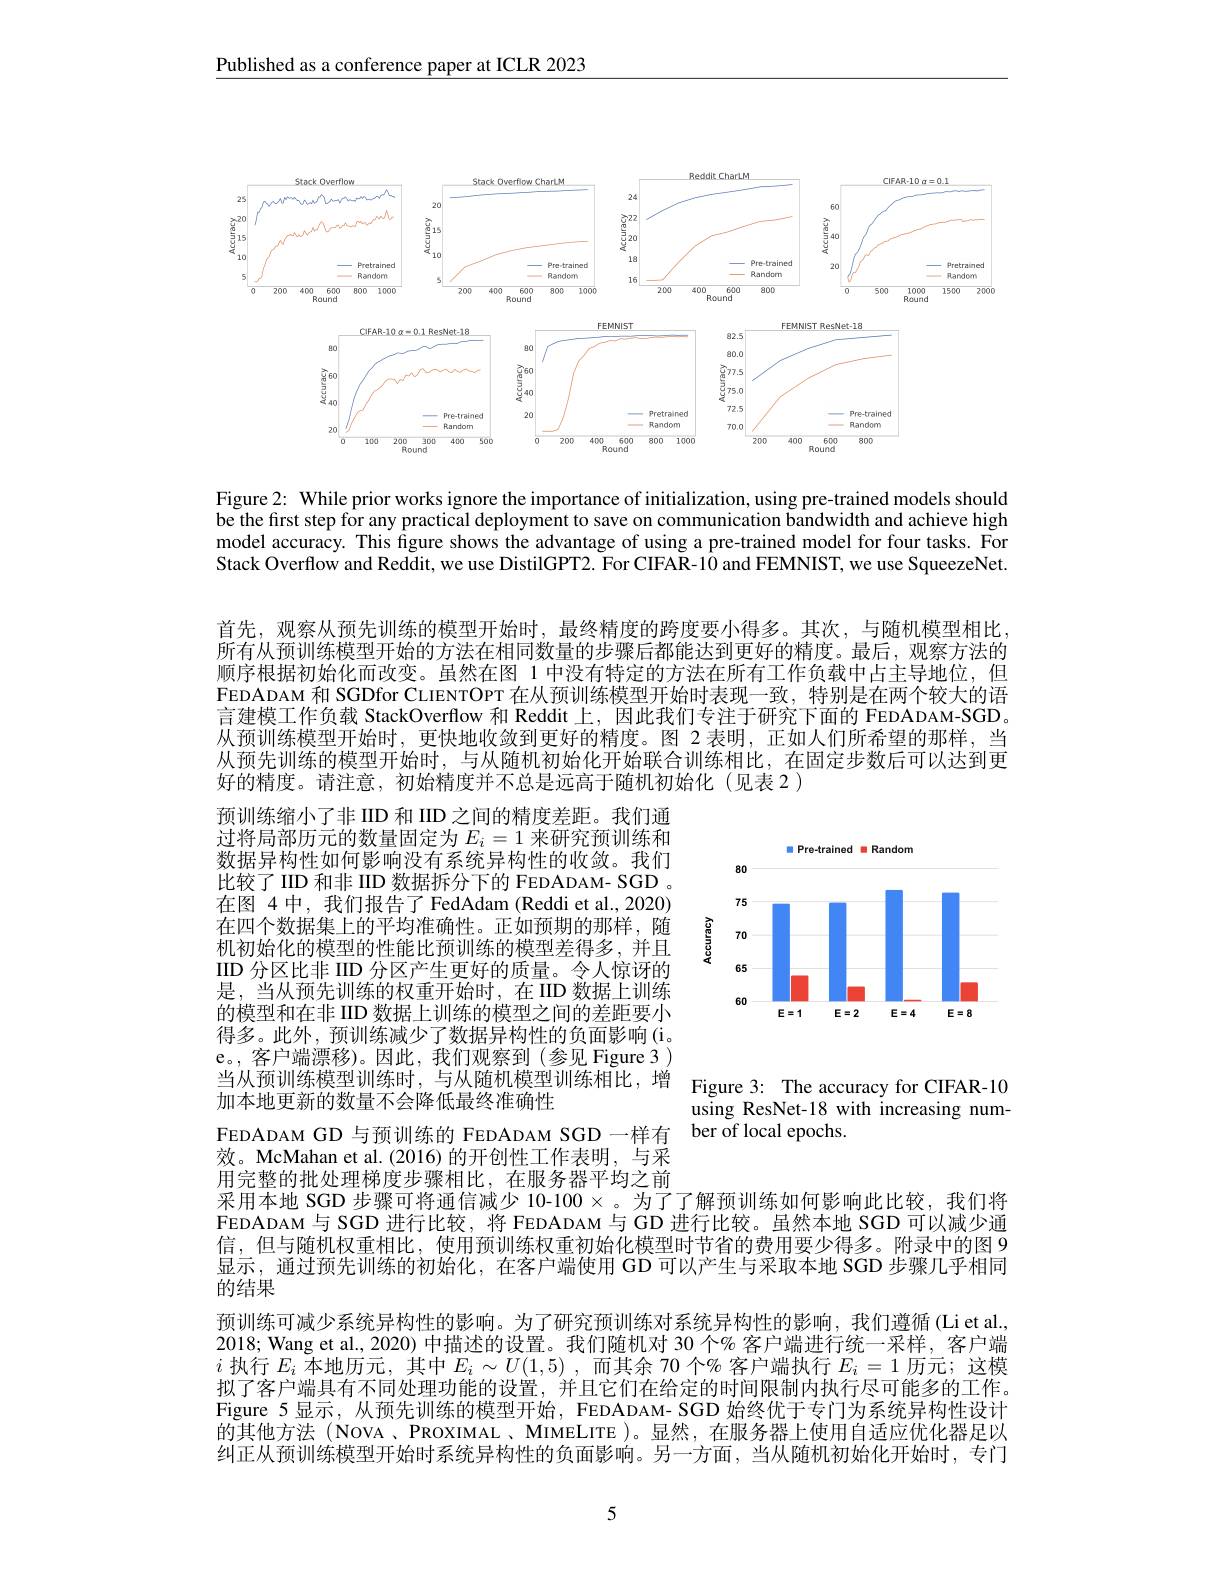
Published as a conference paper at ICLR 2023

<FigureHere>

Figure 2: While prior works ignore the importance of initialization, using pre-trained models should be the first step for any practical deployment to save on communication bandwidth and achieve high model accuracy. This figure shows the advantage of using a pre-trained model for four tasks. For Stack Overflow and Reddit, we use DistilGPT2. For CIFAR-10 and FEMNIST, we use SqueezeNet.

首先，观察从预先训练的模型开始时，最终精度的跨度要小得多。其次，与随机模型相比， 所有从预训练模型开始的方法在相同数量的步骤后都能达到更好的精度。最后，观察方法的顺序根据初始化而改变。虽然在图 1 中没有特定的方法在所有工作负载中占主导地位，但FEDADAM 和 SGDfor CLIENTOPT 在从预训练模型开始时表现一致，特别是在两个较大的语言建模工作负载 StackOverflow 和 Reddit 上，因此我们专注于研究下面的 FEDADAM-SGD 从预训练模型开始时，更快地收敛到更好的精度。图 2 表明，正如人们所希望的那样，当从预先训练的模型开始时，与从随机初始化开始联合训练相比，在固定步数后可以达到更好的精度。请注意，初始精度并不总是远高于随机初始化(见表 2)

<FigureHere>

预训练缩小了非 IID 和 IID 之间的精度差距。我们通过将局部历元的数量固定为$E_i=1$来研究预训练和数据异构性如何影响没有系统异构性的收敛。我们比较了 IID 和非 IID 数据拆分下的 FEDADAM- SGD 。在图 4 中，我们报告了 FedAdam (Reddi et al.,2020) 在四个数据集上的平均准确性。正如预期的那样，随机初始化的模型的性能比预训练的模型差得多，并且IID 分区比非 IID 分区产生更好的质量。令人惊讶的是，当从预先训练的权重开始时，在IID 数据上训练的模型和在非 IID 数据上训练的模型之间的差距要小得多。此外，预训练减少了数据异构性的负面影响(i。e。, 客户端漂移)。因此，我们观察到(参见 Figure 3 ) 当从预训练模型训练时，与从随机模型训练相比，增 Figure 3: The accuracy for CIFAR-10
加本地更新的数量不会降低最终准确性

using ResNet-18 with increasing num-
FEDADAM GD 与预训练的 FEDADAM SGD 一样有 ber of local epochs.

效。McMahan et al.(2016)的开创性工作表明，与采

用完整的批处理梯度步骤相比，在服务器平均之前
采用本地 SGD 步骤可将通信减少 10-100 × 。为了了解预训练如何影响此比较，我们将FEDADAM 与 SGD 进行比较，将 FEDADAM 与 GD 进行比较。虽然本地 SGD 可以减少通信，但与随机权重相比，使用预训练权重初始化模型时节省的费用要少得多。附录中的图 9显示，通过预先训练的初始化，在客户端使用 GD 可以产生与采取本地 SGD 步骤几乎相同的结果

预训练可减少系统异构性的影响。为了研究预训练对系统异构性的影响，我们遵循(Li et al., 2018; Wang et al., 2020) 中描述的设置。我们随机对 30 个% 客户端进行统一采样，客户端$i$执行$E_i$本地历元，其中$E_i\sim U(1,5)$ ,而其余 70 个% 客户端执行$E_i=1$历元；这模拟了客户端具有不同处理功能的设置，并且它们在给定的时间限制内执行尽可能多的工作。Figure 5 显示，从预先训练的模型开始，FEDADAM- SGD 始终优于专门为系统异构性设计的其他方法 (NOVA、PROXIMAL、MIMELITE )。显然，在服务器上使用自适应优化器足以纠正从预训练模型开始时系统异构性的负面影响。另一方面，当从随机初始化开始时，专门

5